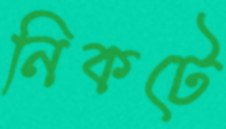
নিকটে